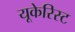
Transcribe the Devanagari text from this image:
यूकेरिस्ट